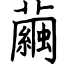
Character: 繭